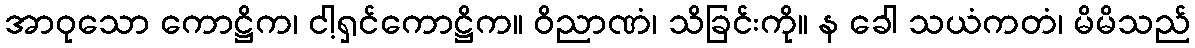
အာဝုသော ကောဋ္ဌိက၊ ငါ့ရှင်ကောဋ္ဌိက။ ဝိညာဏံ၊ သိခြင်းကို။ န ခေါ သယံကတံ၊ မိမိသည်